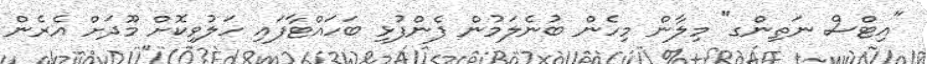
"އިޓްސް ނަތިންގ" މިލާން މިހެން ބުނެލަމުން ފެންފުޅި ބަހައްޓާފައި ހަލުވިކޮށް މޫދަށް އެރެން